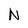
Character: N